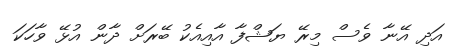
އަދި އޭނާ ވެސް މިރޭ ޔަޝްފާ އާއިއެކު ބޭރަށް ދާން އުޅޭ ވާހަކަ